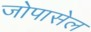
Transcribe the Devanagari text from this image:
जोपासेल